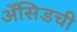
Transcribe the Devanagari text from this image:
अँसिडची